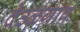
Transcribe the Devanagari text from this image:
देउळगाव